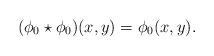
LaTeX: \begin{align*}(\phi_0\star\phi_0)(x,y)=\phi_0(x,y).\end{align*}